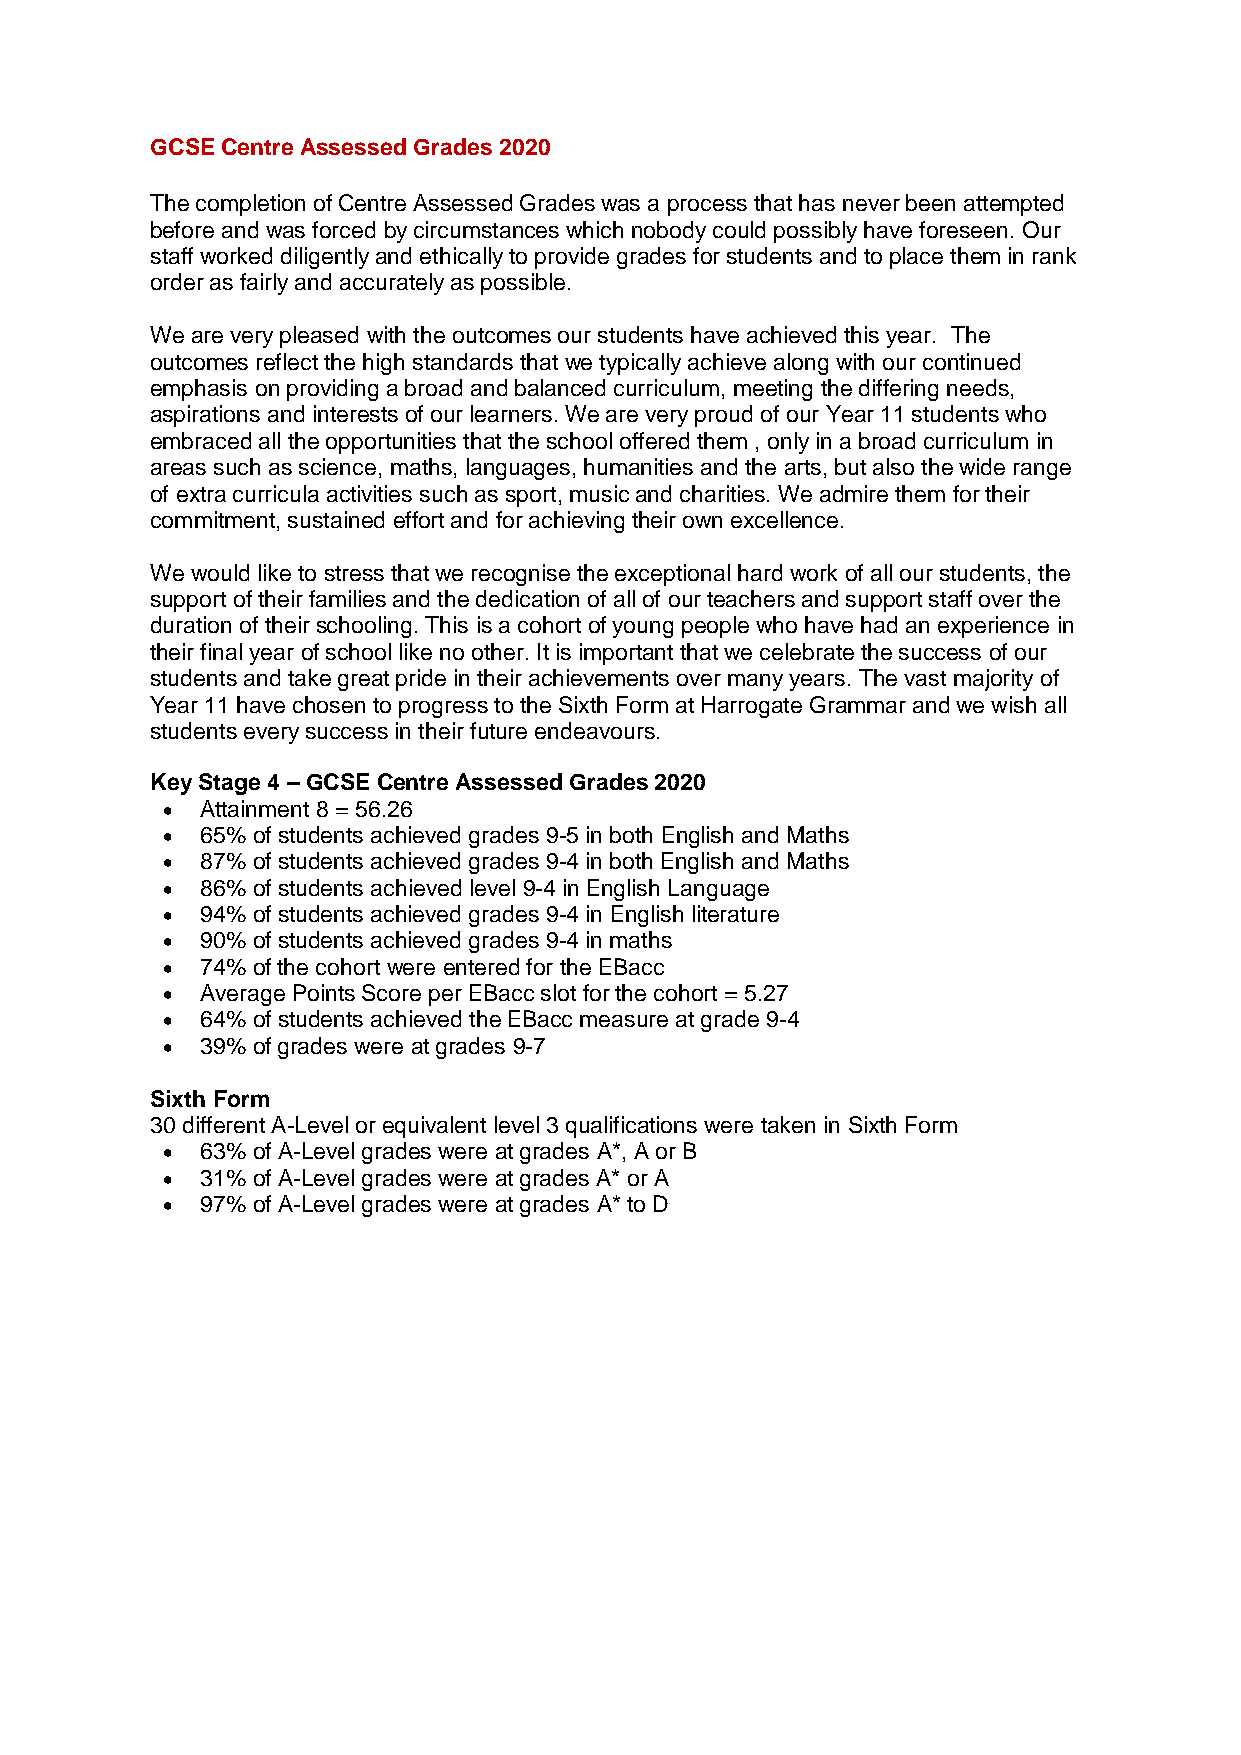
GCSE Centre Assessed Grades 2020
 The completion of Centre Assessed Grades was a process that has never been attempted
 before and was forced by circumstances which nobody could possibly have foreseen. Our
 staff worked diligently and ethically to provide grades for students and to place them in rank
 order as fairly and accurately as possible.
 We are very pleased with the outcomes our students have achieved this year. The
 outcomes reflect the high standards that we typically achieve along with our continued
 emphasis on providing a broad and balanced curriculum, meeting the differing needs,
 aspirations and interests of our learners. We are very proud of our Year 11 students who
 embraced all the opportunities that the school offered them , only in a broad curriculum in
 areas such as science, maths, languages, humanities and the arts, but also the wide range
 of extra curricula activities such as sport, music and charities. We admire them for their
 commitment, sustained effort and for achieving their own excellence.
 We would like to stress that we recognise the exceptional hard work of all our students, the
 support of their families and the dedication of all of our teachers and support staff over the
 duration of their schooling. This is a cohort of young people who have had an experience in
 their final year of school like no other. It is important that we celebrate the success of our
 students and take great pride in their achievements over many years. The vast majority of
 Year 11 have chosen to progress to the Sixth Form at Harrogate Grammar and we wish all
 students every success in their future endeavours.
 Key Stage 4 – GCSE Centre Assessed Grades 2020
 • Attainment 8 = 56.26
 • 65% of students achieved grades 9-5 in both English and Maths
 • 87% of students achieved grades 9-4 in both English and Maths
 • 86% of students achieved level 9-4 in English Language
 • 94% of students achieved grades 9-4 in English literature
 • 90% of students achieved grades 9-4 in maths
 • 74% of the cohort were entered for the EBacc
 • Average Points Score per EBacc slot for the cohort = 5.27
 • 64% of students achieved the EBacc measure at grade 9-4
 • 39% of grades were at grades 9-7
 Sixth Form
 30 different A-Level or equivalent level 3 qualifications were taken in Sixth Form
 • 63% of A-Level grades were at grades A*, A or B
 • 31% of A-Level grades were at grades A* or A
 • 97% of A-Level grades were at grades A* to D